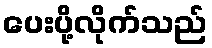
ပေးပို့လိုက်သည်